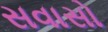
સવાસો